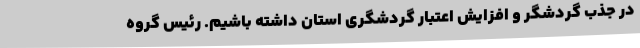
در جذب گردشگر و افزایش اعتبار گردشگری استان داشته باشیم. رئیس گروه